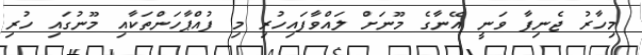
މިހާރު ޖެނިފާ ވަނީ އޭނާގެ މޫނަށް ލައްވާފައިހުރި މި ފުއްޕާހަންތަކާއި މޫނުގައި ހުރި